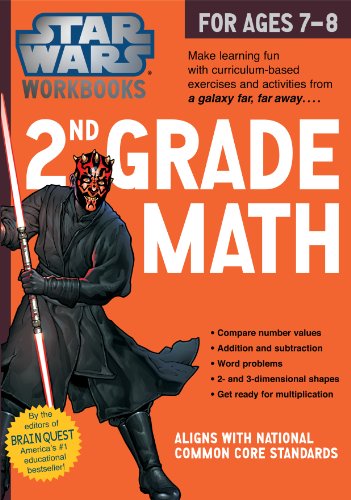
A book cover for Star Wars Workbook: 2nd Grade Math (Star Wars Workbooks); Workman Publishing; Children's Books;